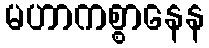
မဟာကစ္စာနေန